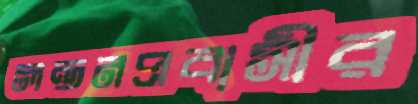
লন্ডনপ্রবাসীর